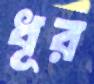
ধূর